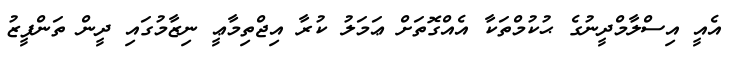
އެއީ އިސްލާމްދީނުގެ ޙުކުމްތަކާ އެއްގޮތަށް ޢަމަލު ކުރާ އިޖްތިމާޢީ ނިޒާމުގައި ދީން ތަންފީޒު